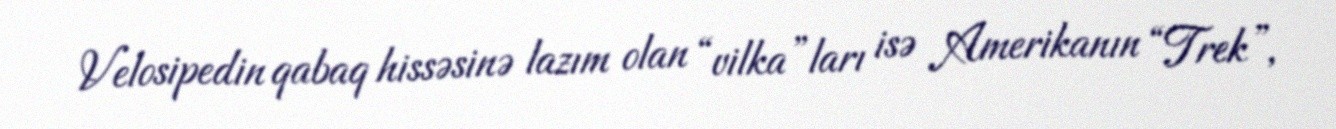
Velosipedin qabaq hissəsinə lazım olan “vilka”ları isə Amerikanın “Trek”,